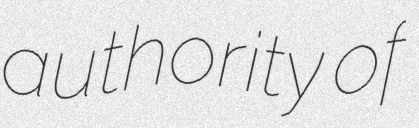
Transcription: authority of